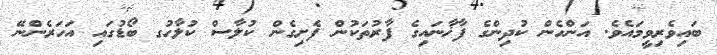
ބައިވެރިވީމައެވެ. އަންހެން ކުދިންގެ ފާޚާނައިގެ ފާރުތަކުން ފެށިގެން ކުލާސް ކުލާހުގ ބޯޑުގައި އަހަރެންނޭ